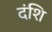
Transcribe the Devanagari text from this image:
दंशि